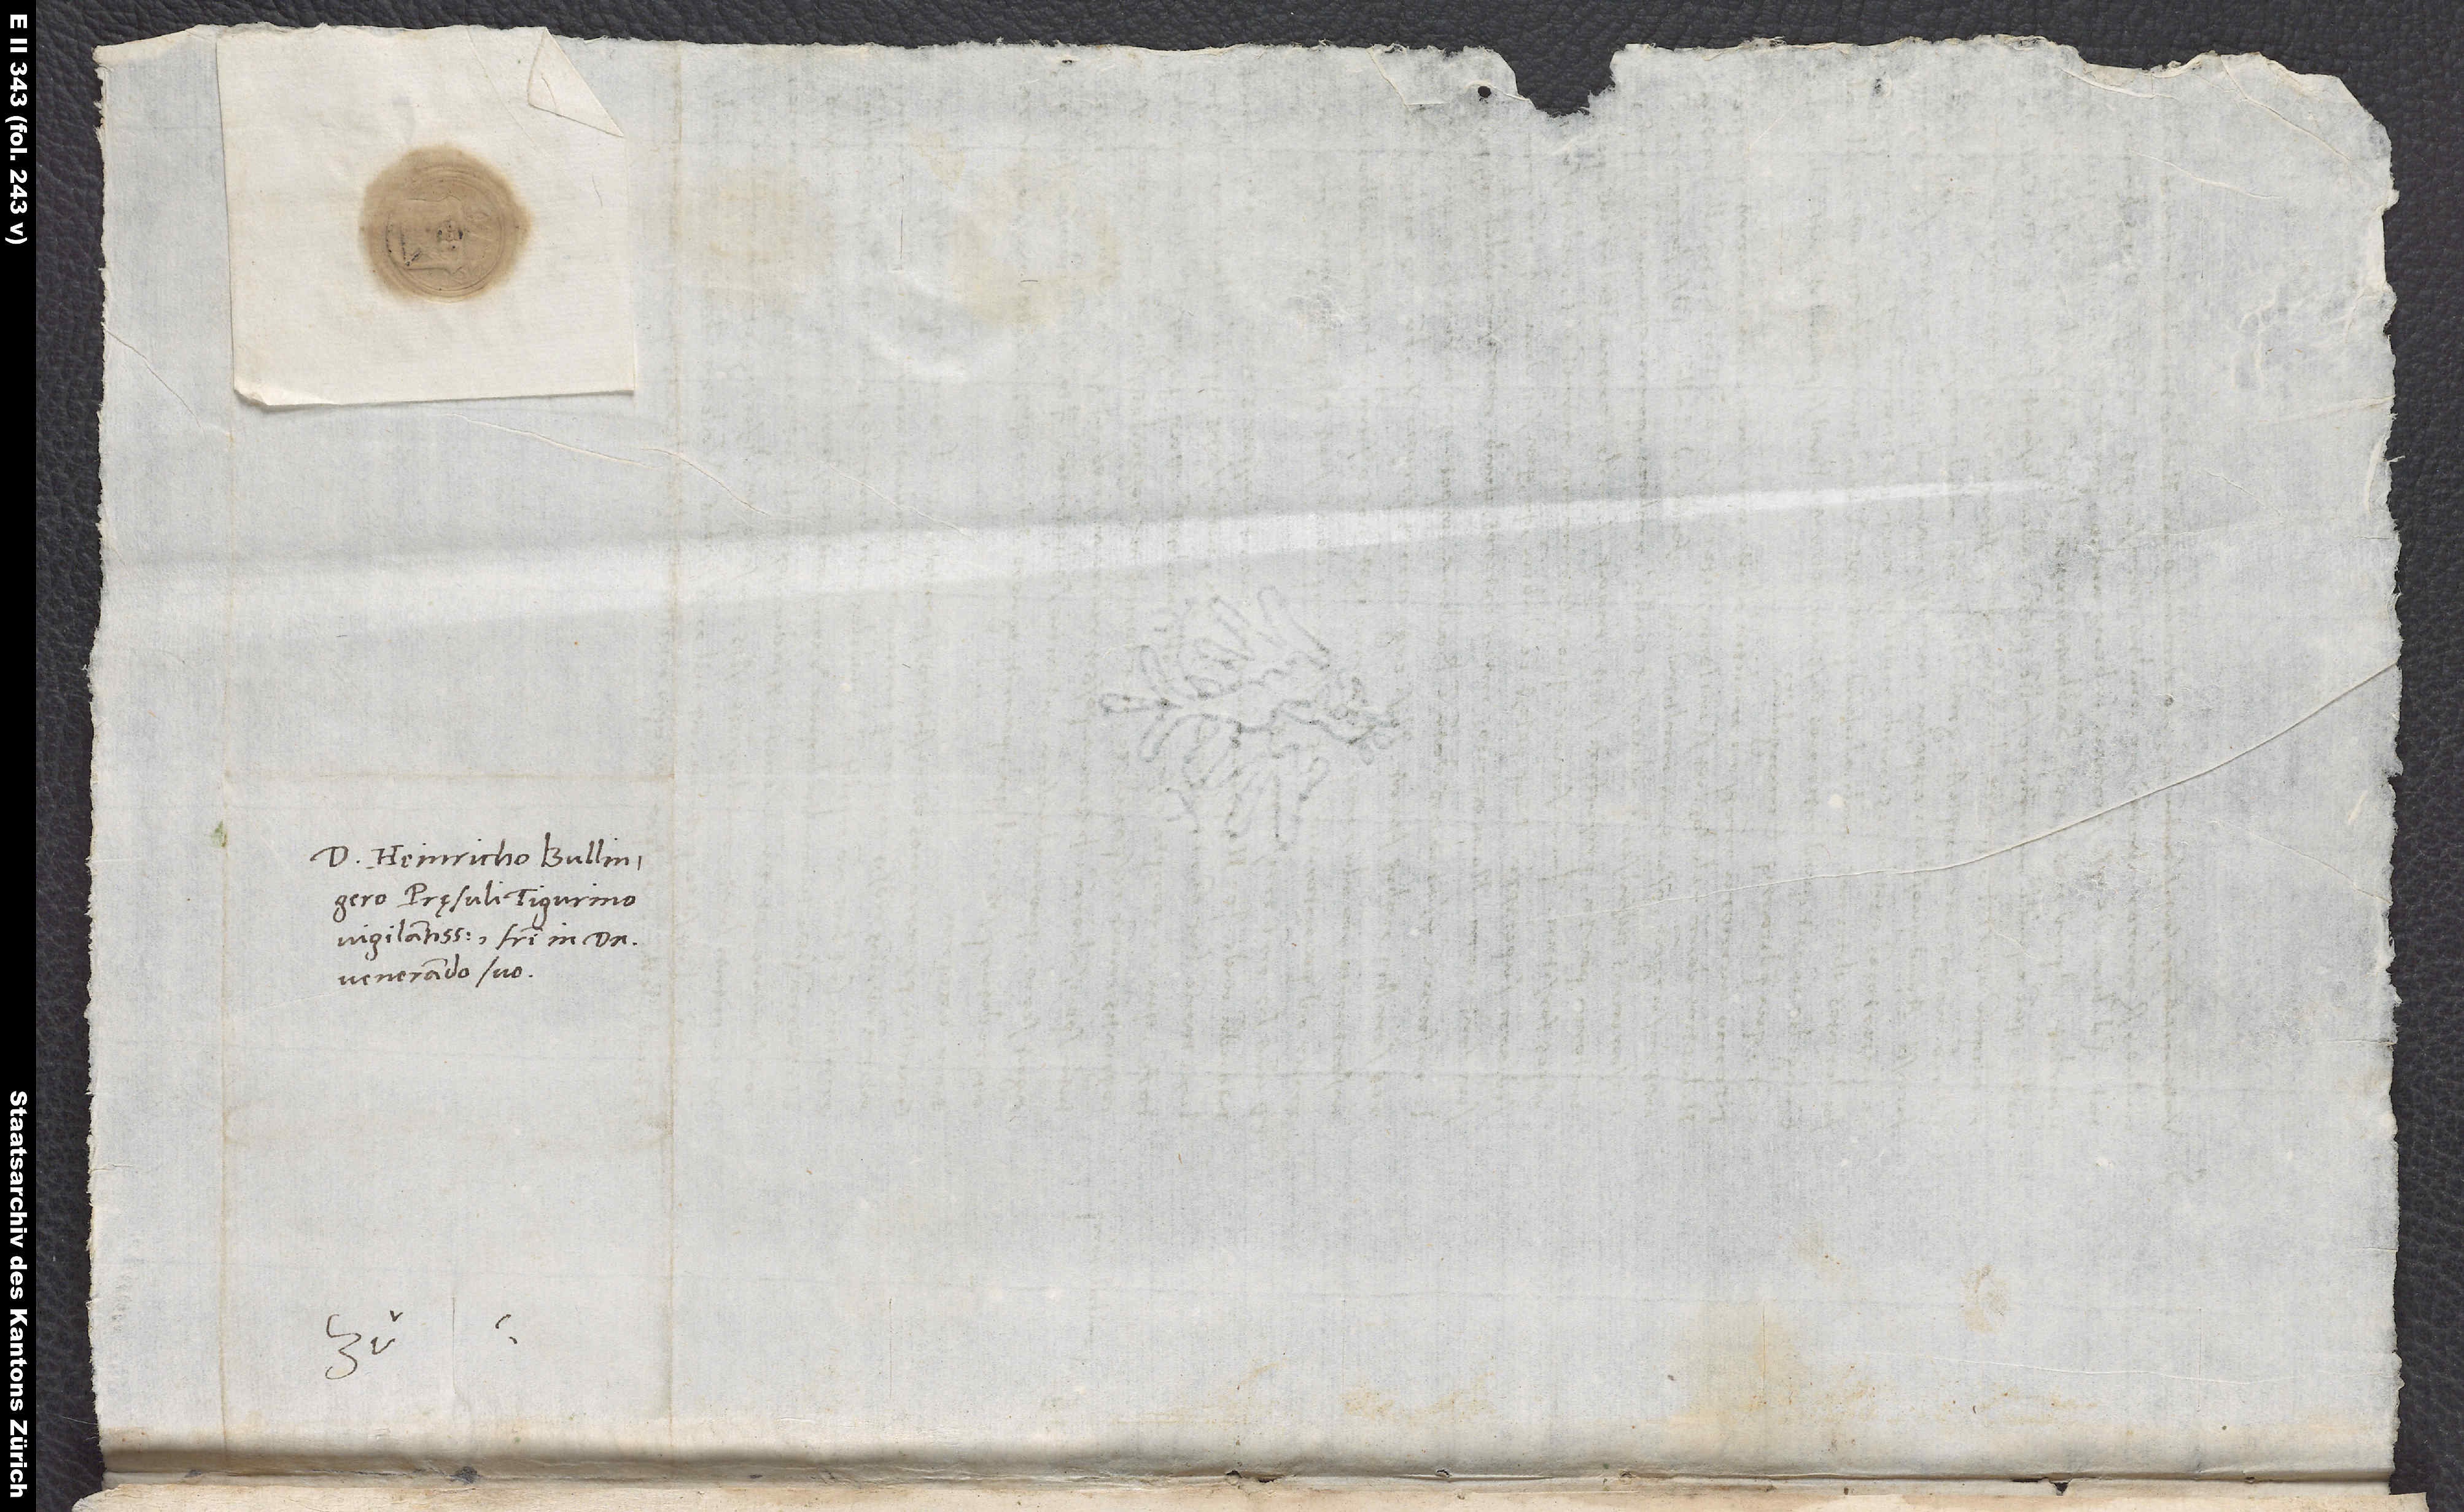
Domino Heinricho Bullingero,
pręsuli Tigurino
vigilantissimo, fratri in domino
venerando suo.